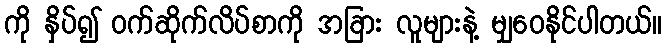
ကို နှိပ်၍ ဝက်ဆိုက်လိပ်စာကို အခြား လူများနဲ့ မျှဝေနိုင်ပါတယ်။